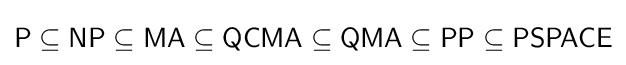
{\mathsf {P}}\subseteq {\mathsf {NP}}\subseteq {\mathsf {MA}}\subseteq {\mathsf {QCMA}}\subseteq {\mathsf {QMA}}\subseteq {\mathsf {PP}}\subseteq {\mathsf {PSPACE}}